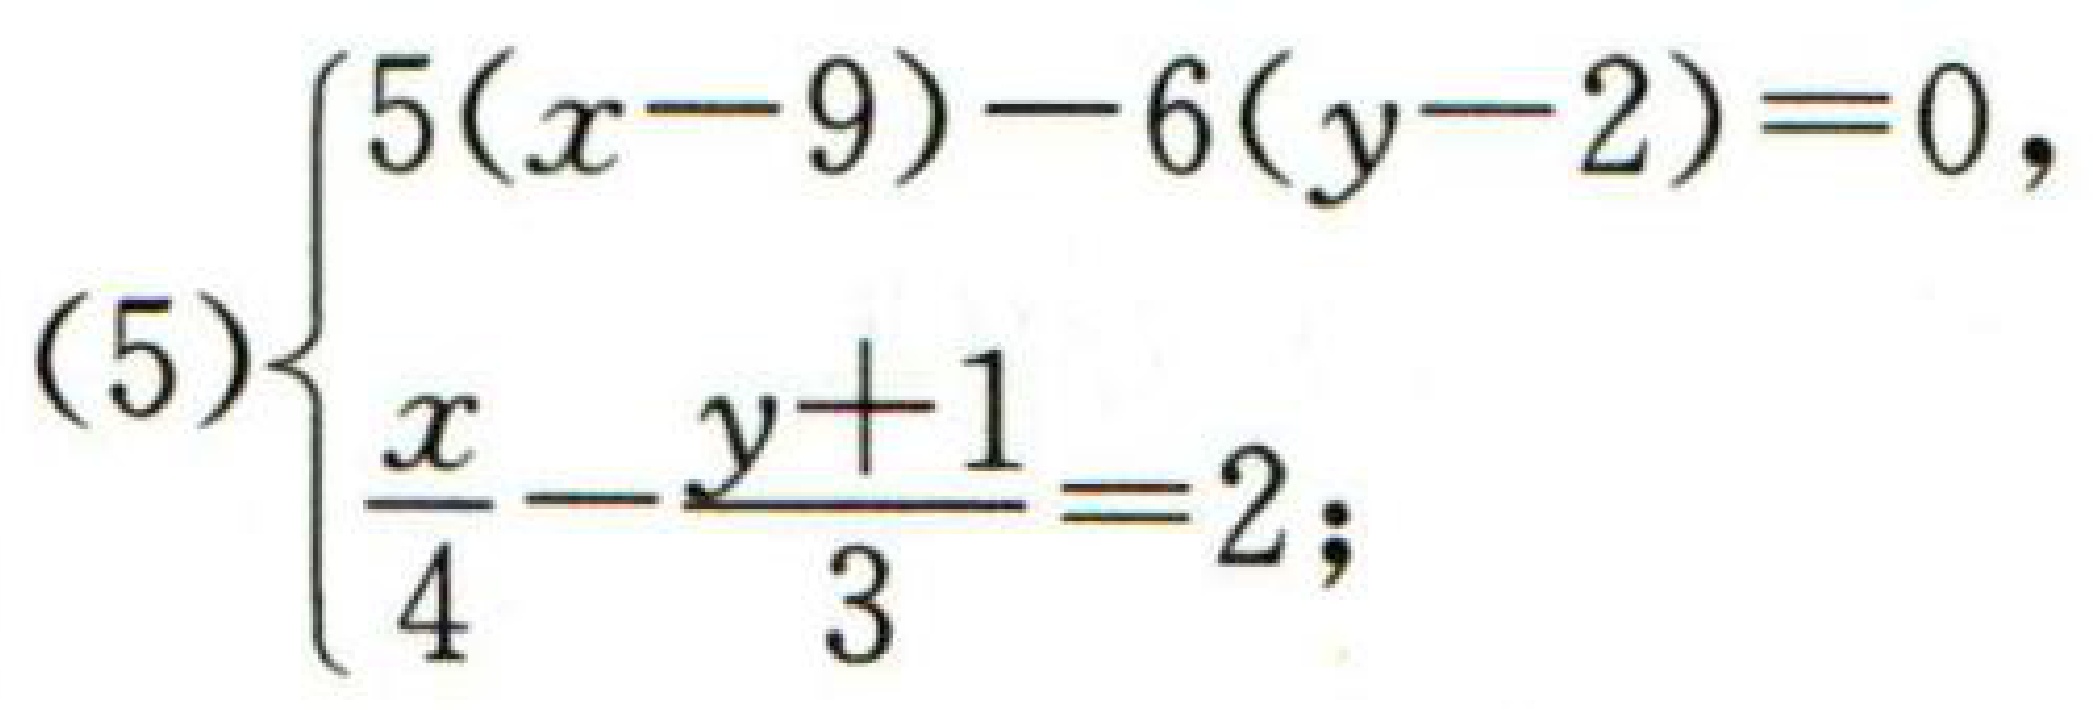
\[(5)\begin{cases}5(x - 9)-6(y - 2)=0,\\\frac{x}{4}-\frac{y + 1}{3}=2;\end{cases}\]